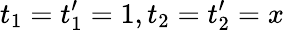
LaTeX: t_{1}=t_{1}^{\prime}=1,t_{2}=t_{2}^{\prime}=x